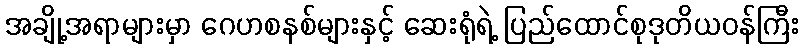
အချို့အရာများမှာ ဂေဟစနစ်များနှင့် ဆေးရုံရဲ့ ပြည်ထောင်စုဒုတိယဝန်ကြီး